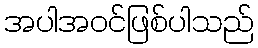
အပါအဝင်ဖြစ်ပါသည်